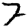
Digit: 7